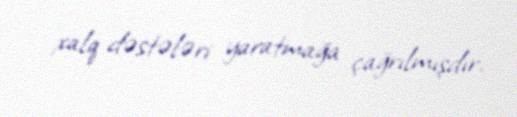
xalq dəstələri yaratmağa çağrılmışdır.